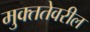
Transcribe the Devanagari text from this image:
मुक्ततेवरील